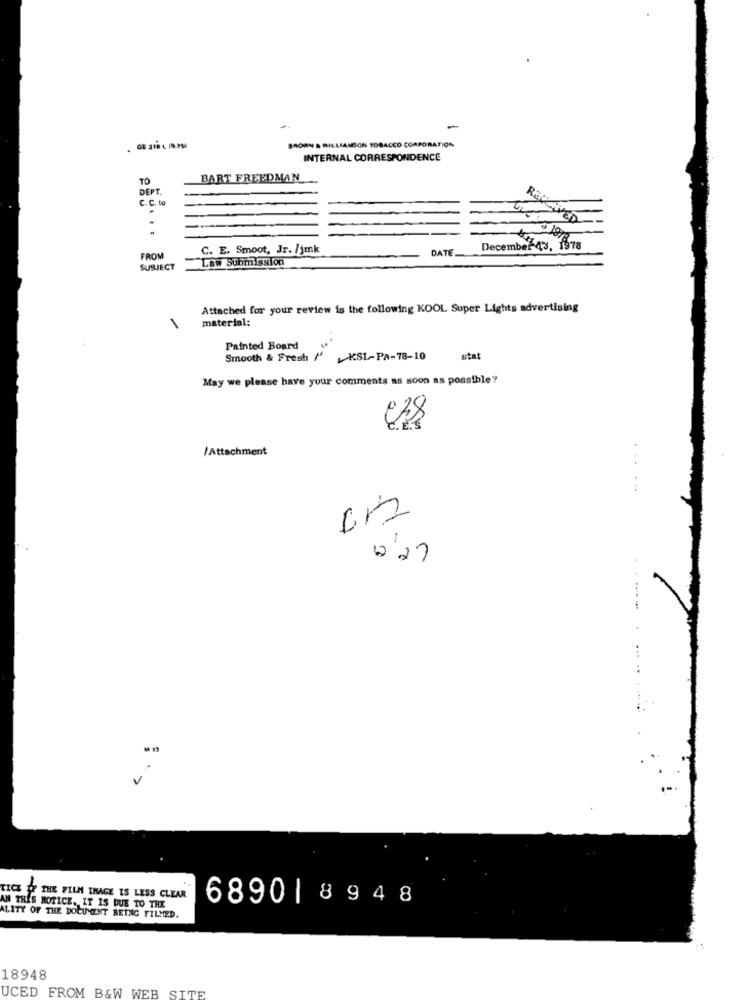
-
BROWN & WILLIAMION TOBACCO CORPORATION
INTERNAL CORRESPONDENCE
TO
BART FREEDMAN
DEPT
C. C. to
RECEIVED
C. E. Smoot, Jr. /jmk
DATE
December-43, 1978
FROM
Law Submission
SUBJECT
Attached for your review is the following KOOL Super Lights advertising
material:
1
Painted Board
Smooth & Fresh /
KSL-PA-78-10
stat
May we please have your comments as soon as possible?
/Attachment
6.27
...
TICK OF THE FILM INAGE IS LESS CLEAR
6890 | 8948
AN TRES MOTICE. IT IS DUE TO THE
ALITY OF THE DOCUMENT BEING FILMED.
18948
UCED FROM B&W WEB SITE